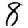
Digit: 8